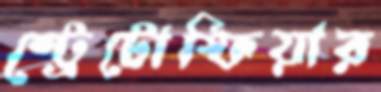
স্ট্রেটোস্ফিয়ার